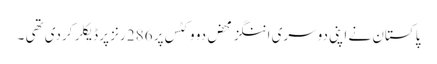
پاکستان نے اپنی دوسری اننگز محض دو وکٹس پر 286 رنز پر ڈیکلر کردی تھی ۔